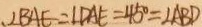
、 \angle B A E = \angle D A E = 4 5 ^ { \circ } = \angle A B D